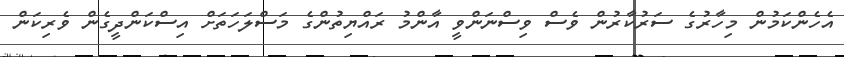
އެހެންކަމުން މިހާރުގެ ސަރުކާރުން ވެސް ވިސްނަންވީ އާންމު ރައްޔިތުންގެ މަސްލަހަތަށް އިސްކަންދީގެން ވެރިކަން